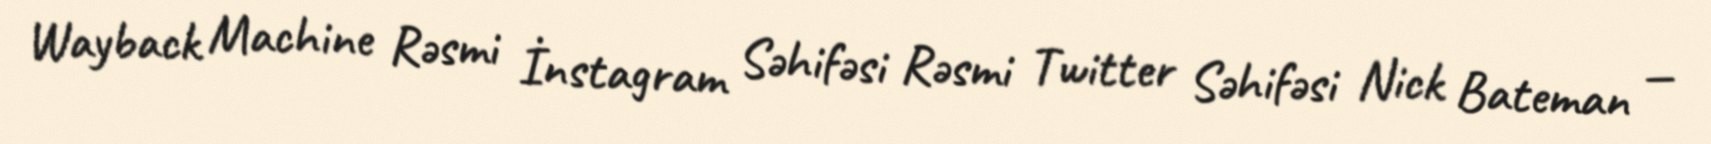
Wayback Machine Rəsmi İnstagram Səhifəsi Rəsmi Twitter Səhifəsi Nick Bateman —